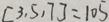
[ 3 , 5 , 7 ] = 1 0 5